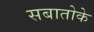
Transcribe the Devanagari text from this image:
सबातोके